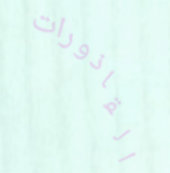
القاذورات